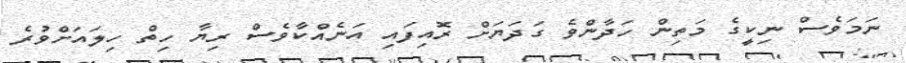
ނަމަވެސް ނިކީގެ މަތިން ހަދާންވެ ގަދަޔަށް ރޮއިފައި އަނެއްކާވެސް ރިޔާ ހިތް ހިލައަށްވުރެ